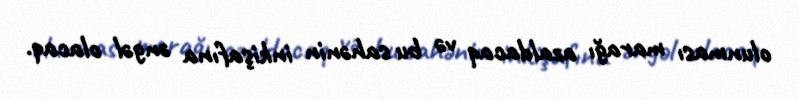
olunması marağı azaldacaq və bu sahənin inkişafına əngəl olacaq.